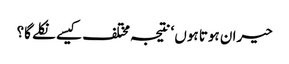
حیران ہوتا ہوں ‘ نتیجہ مختلف کیسے نکلے گا؟